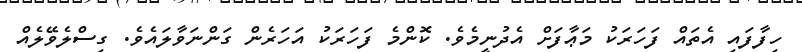
ހިފާފައި އެތައް ފަހަރަކު މަޢާފަށް އެދުނީމެވެ. ކޮންމެ ފަހަރަކު އަހަރެން ގަންނަވާލައެވެ. ގިސްލެވޭލެއް